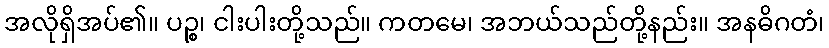
အလိုရှိအပ်၏။ ပဉ္စ၊ ငါးပါးတို့သည်။ ကတမေ၊ အဘယ်သည်တို့နည်း။ အနဓိဂတံ၊